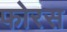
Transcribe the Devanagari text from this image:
फोरस